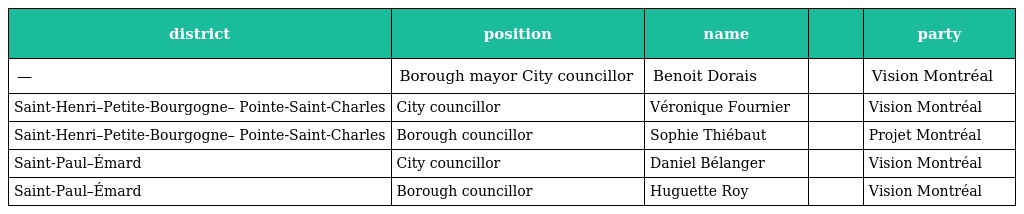
| district | position | name |  | party |
 | --- | --- | --- | --- | --- |
 | — | Borough mayor City councillor | Benoit Dorais |  | Vision Montréal |
 | Saint-Henri–Petite-Bourgogne– Pointe-Saint-Charles | City councillor | Véronique Fournier |  | Vision Montréal |
 | Saint-Henri–Petite-Bourgogne– Pointe-Saint-Charles | Borough councillor | Sophie Thiébaut |  | Projet Montréal |
 | Saint-Paul–Émard | City councillor | Daniel Bélanger |  | Vision Montréal |
 | Saint-Paul–Émard | Borough councillor | Huguette Roy |  | Vision Montréal |